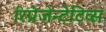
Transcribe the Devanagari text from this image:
रिप्रेजेन्टेटिव्स